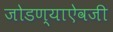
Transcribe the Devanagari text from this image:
जोडण्याऐवजी